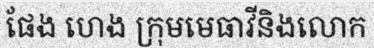
ផែង ហេង ក្រុមមេធាវីនិងលោក